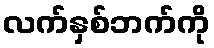
လက်နှစ်ဘက်ကို